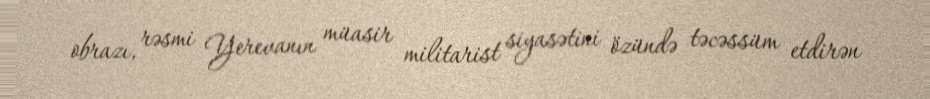
obrazı, rəsmi Yerevanın müasir militarist siyasətini özündə təcəssüm etdirən